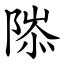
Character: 䧙